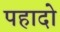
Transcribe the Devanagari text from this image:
पहादो